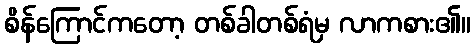
စိန်ကြောင်ကတော့ တစ်ခါတစ်ရံမှ လာကစား၏။